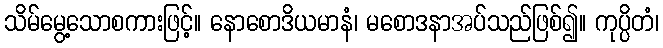
သိမ်မွေ့သောစကားဖြင့်။ နောစောဒိယမာနံ၊ မစောဒနာအပ်သည်ဖြစ်၍။ ကုပ္ပိတံ၊